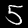
Digit: 5